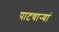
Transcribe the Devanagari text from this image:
पाटचार्‍यां